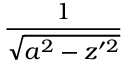
\frac { 1 } { \sqrt { a ^ { 2 } - z ^ { \prime 2 } } }